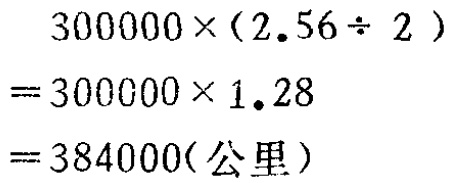
\[

\begin{align*}

&300000\times(2.56\div 2)\\

=&300000\times 1.28\\

=&384000(\text{公里})

\end{align*}

\]